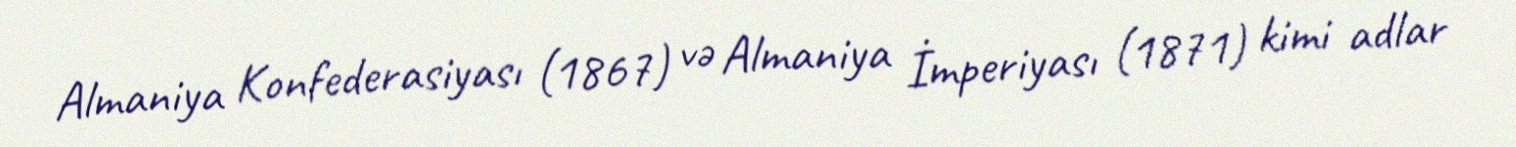
Almaniya Konfederasiyası (1867) və Almaniya İmperiyası (1871) kimi adlar